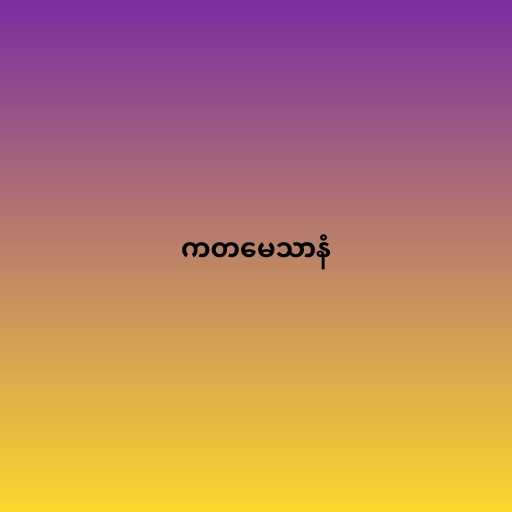
ကတမေသာနံ